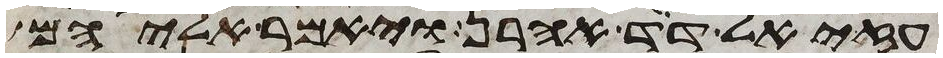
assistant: עזיאל דד אהרן ויאמר אליהם